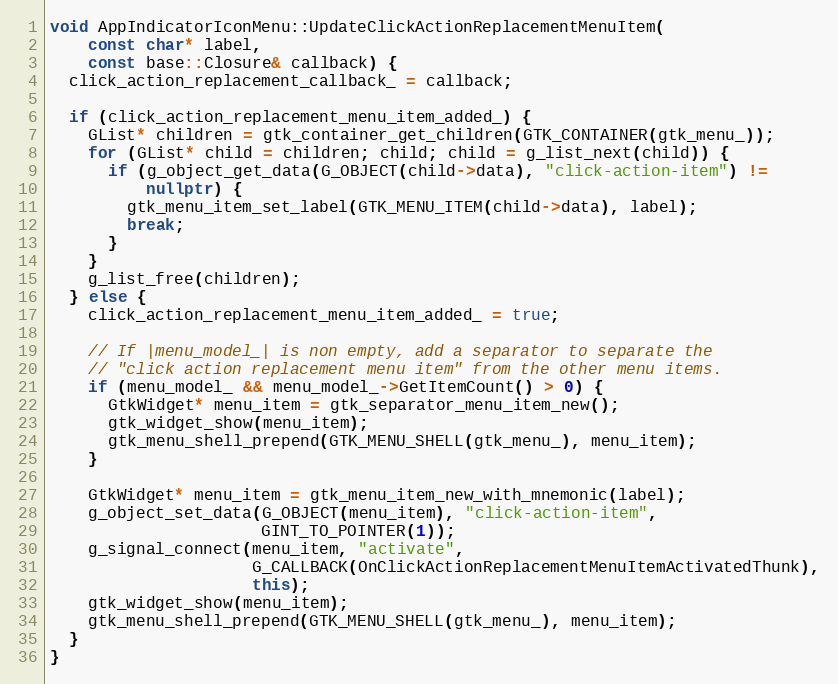
Language: C++
void AppIndicatorIconMenu::UpdateClickActionReplacementMenuItem(
    const char* label,
    const base::Closure& callback) {
  click_action_replacement_callback_ = callback;

  if (click_action_replacement_menu_item_added_) {
    GList* children = gtk_container_get_children(GTK_CONTAINER(gtk_menu_));
    for (GList* child = children; child; child = g_list_next(child)) {
      if (g_object_get_data(G_OBJECT(child->data), "click-action-item") !=
          nullptr) {
        gtk_menu_item_set_label(GTK_MENU_ITEM(child->data), label);
        break;
      }
    }
    g_list_free(children);
  } else {
    click_action_replacement_menu_item_added_ = true;

    // If |menu_model_| is non empty, add a separator to separate the
    // "click action replacement menu item" from the other menu items.
    if (menu_model_ && menu_model_->GetItemCount() > 0) {
      GtkWidget* menu_item = gtk_separator_menu_item_new();
      gtk_widget_show(menu_item);
      gtk_menu_shell_prepend(GTK_MENU_SHELL(gtk_menu_), menu_item);
    }

    GtkWidget* menu_item = gtk_menu_item_new_with_mnemonic(label);
    g_object_set_data(G_OBJECT(menu_item), "click-action-item",
                      GINT_TO_POINTER(1));
    g_signal_connect(menu_item, "activate",
                     G_CALLBACK(OnClickActionReplacementMenuItemActivatedThunk),
                     this);
    gtk_widget_show(menu_item);
    gtk_menu_shell_prepend(GTK_MENU_SHELL(gtk_menu_), menu_item);
  }
}